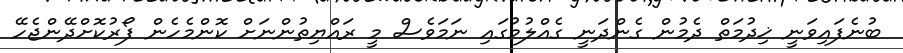
ބުނެފައިވަނީ ޚިދުމަތް ދެމުން ގެންދަނީ ގެއްލުމުގައި ނަމަވެސް މީ ރައްޔިތުންނަށް ކޮންމެހެން ފޯރުކޮށްދޭންޖެހޭ